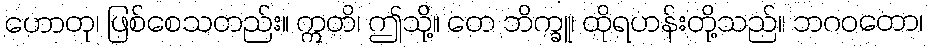
ဟောတု၊ ဖြစ်စေသတည်း။ ဣတိ၊ ဤသို့။ တေ ဘိက္ခူ၊ ထိုရဟန်းတို့သည်။ ဘဂဝတော၊